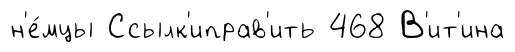
н'е́мцы Ссылк'иправ'ить 468 В'ит'ина